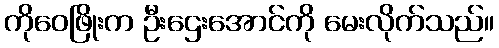
ကိုဝေဖြိုးက ဦးဌေးအောင်ကို မေးလိုက်သည်။